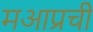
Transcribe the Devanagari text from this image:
मआप्रची